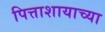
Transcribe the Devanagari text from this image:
पित्ताशायाच्या